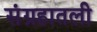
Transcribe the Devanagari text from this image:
संग्रहातली